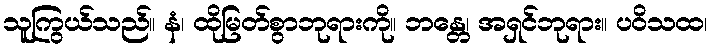
သူကြွယ်သည်။ နံ၊ ထိုမြတ်စွာဘုရားကို။ ဘန္တေ၊ အရှင်ဘုရား။ ပဝိသထ၊